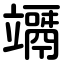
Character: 竵